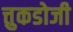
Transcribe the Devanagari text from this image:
त्तुकडोजी